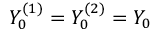
Y _ { 0 } ^ { ( 1 ) } = Y _ { 0 } ^ { ( 2 ) } = Y _ { 0 }